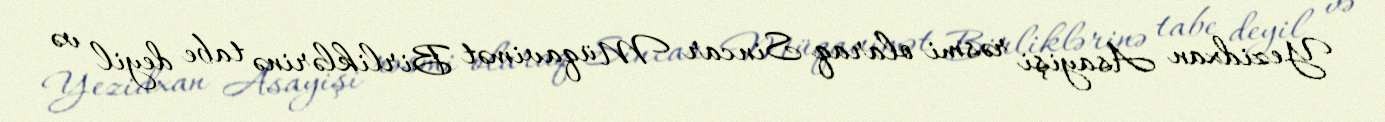
Yezidxan Asayişi rəsmi olaraq Sincar Müqavimət Birliklərinə tabe deyil və